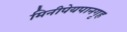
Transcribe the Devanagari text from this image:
मिनीपेयपानगृह